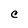
Character: C